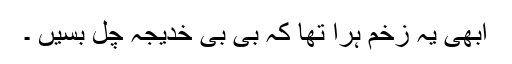
ابھی یہ زخم ہرا تھا کہ بی بی خدیجہ چل بسیں ۔